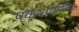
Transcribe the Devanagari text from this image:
पक्षाघातित